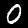
Digit: 0